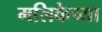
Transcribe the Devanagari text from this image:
मलिकेच्या